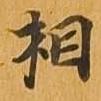
相